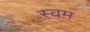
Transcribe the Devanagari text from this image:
स्वम